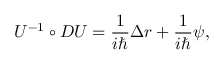
U ^ { - 1 } \circ D U = \frac 1 { i \hbar } \Delta r + \frac 1 { i \hbar } \psi ,